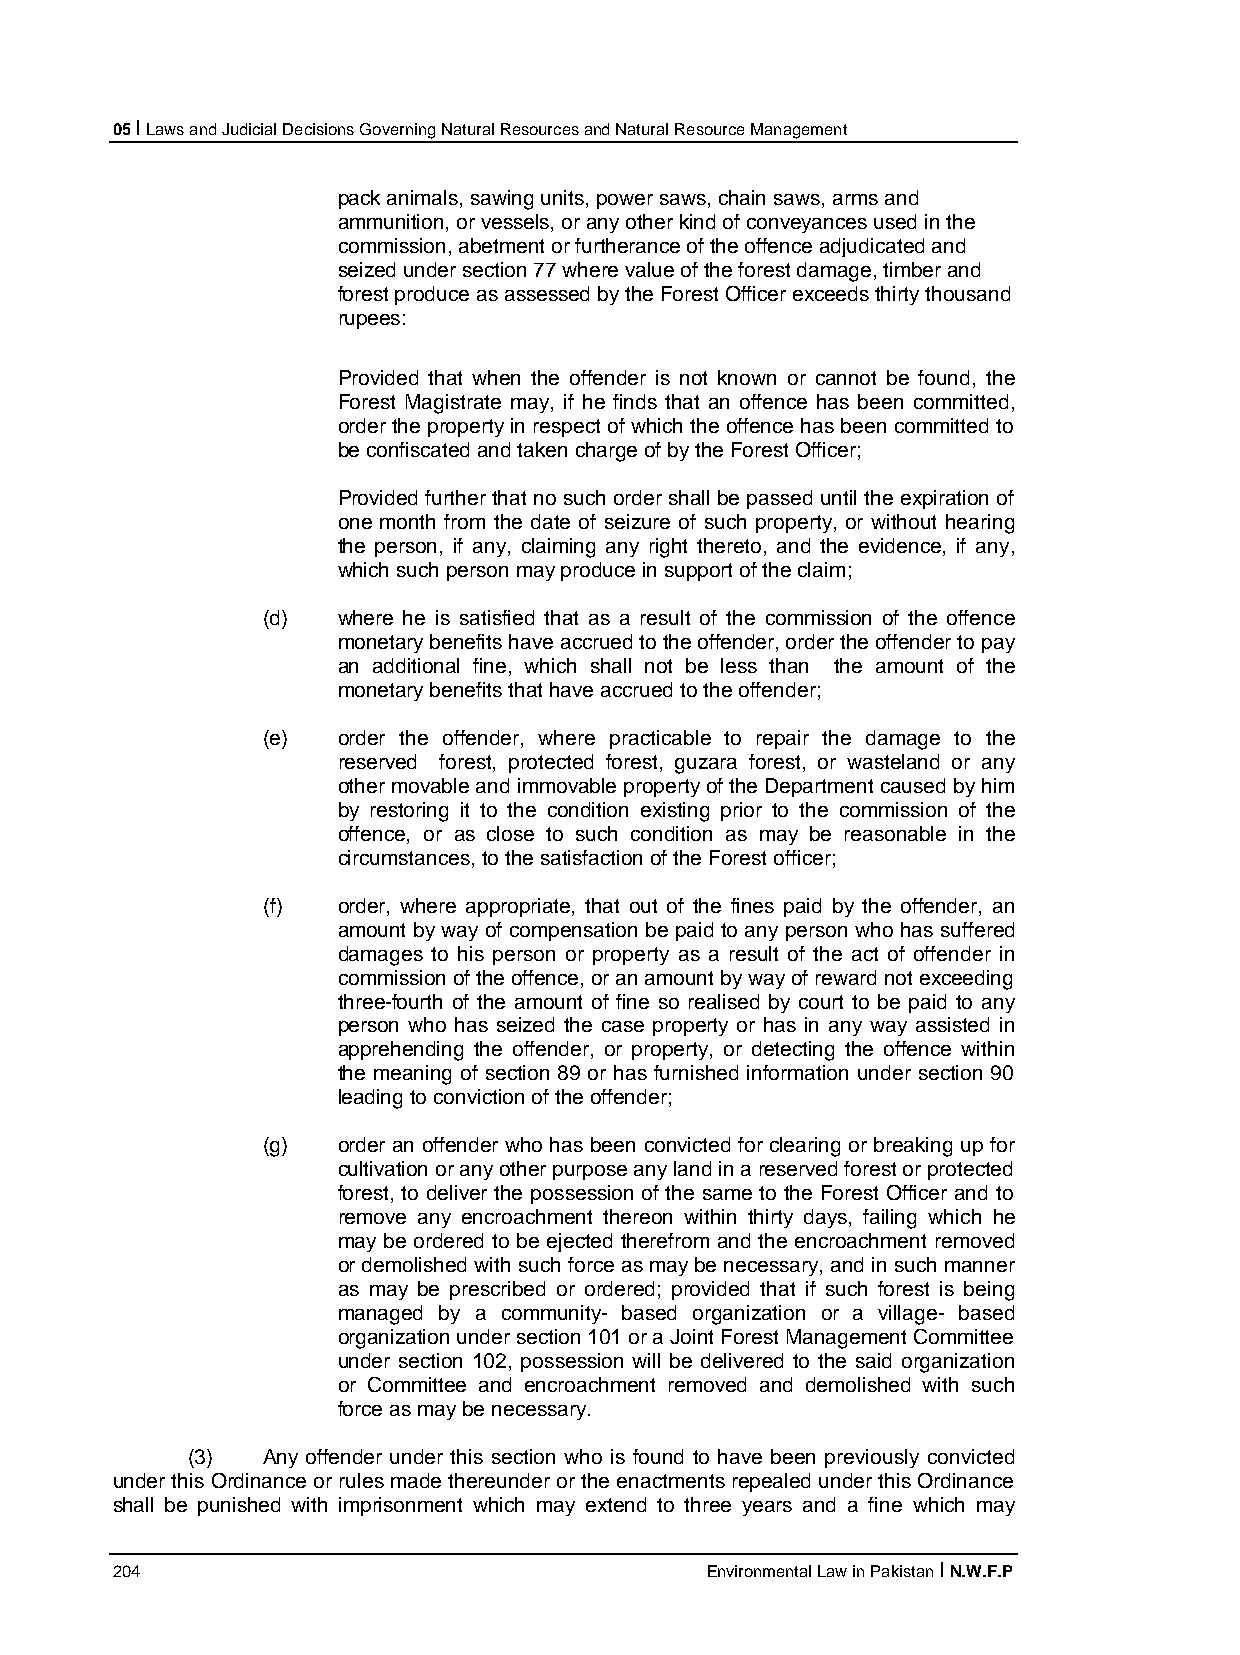
05 I Laws and Judicial Decisions Governing Natural Resources and Natural Resource Management
 pack animals, sawing units, power saws, chain saws, arms and
 ammunition, or vessels, or any other kind of conveyances used in the
 commission, abetment or furtherance of the offence adjudicated and
 seized under section 77 where value of the forest damage, timber and
 forest produce as assessed by the Forest Officer exceeds thirty thousand
 rupees:
 Provided that when the offender is not known or cannot be found, the
 Forest Magistrate may, if he finds that an offence has been committed,
 order the property in respect of which the offence has been committed to
 be confiscated and taken charge of by the Forest Officer;
 Provided further that no such order shall be passed until the expiration of
 one month from the date of seizure of such property, or without hearing
 the person, if any, claiming any right thereto, and the evidence, if any,
 which such person may produce in support of the claim;
 (d)  where he is satisfied that as a result of the commission of the offence
 monetary benefits have accrued to the offender, order the offender to pay
 an additional fine, which shall not be less than the amount of the
 monetary benefits that have accrued to the offender;
 (e)  order the offender, where practicable to repair the damage to the
 reserved forest, protected forest, guzara forest, or wasteland or any
 other movable and immovable property of the Department caused by him
 by restoring it to the condition existing prior to the commission of the
 offence, or as close to such condition as may be reasonable in the
 circumstances, to the satisfaction of the Forest officer;
 (f)  order, where appropriate, that out of the fines paid by the offender, an
 amount by way of compensation be paid to any person who has suffered
 damages to his person or property as a result of the act of offender in
 commission of the offence, or an amount by way of reward not exceeding
 three-fourth of the amount of fine so realised by court to be paid to any
 person who has seized the case property or has in any way assisted in
 apprehending the offender, or property, or detecting the offence within
 the meaning of section 89 or has furnished information under section 90
 leading to conviction of the offender;
 (g)  order an offender who has been convicted for clearing or breaking up for
 cultivation or any other purpose any land in a reserved forest or protected
 forest, to deliver the possession of the same to the Forest Officer and to
 remove any encroachment thereon within thirty days, failing which he
 may be ordered to be ejected therefrom and the encroachment removed
 or demolished with such force as may be necessary, and in such manner
 as may be prescribed or ordered; provided that if such forest is being
 managed by a community- based organization or a village- based
 organization under section 101 or a Joint Forest Management Committee
 under section 102, possession will be delivered to the said organization
 or Committee and encroachment removed and demolished with such
 force as may be necessary.
 (3)  Any offender under this section who is found to have been previously convicted
 under this Ordinance or rules made thereunder or the enactments repealed under this Ordinance
 shall be punished with imprisonment which may extend to three years and a fine which may
 204                                     Environmental Law in Pakistan I N.W.F.P